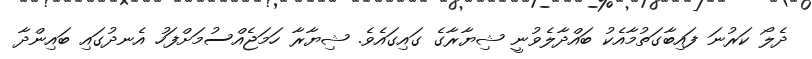
ދެލޯ ކަރުނަ ފައިބާގަތުމާއެކު ބައްދާލެވުނީ ޝިޔާރާގެ ގައިގައެވެ. ޝިޔާރާ ހަމަޖެއްސުމަށްފަހު އެނދުގައި ބައިންދާ